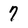
Character: 7